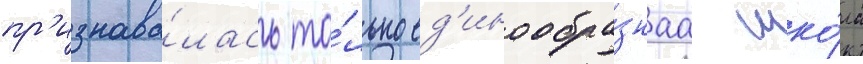
пр'изнава́лась то́лько ед'инообра́знаа шко́ла